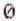
0